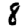
Digit: 8